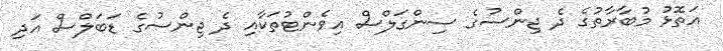
އަތޮޅު މުބާރާތުގެ ދެ ޖިންސުގެ ސިންގަލްސް އިވެންޓުތަކާއި ދެ ޖިންސުގެ ޑަބަލްސް އަދި